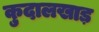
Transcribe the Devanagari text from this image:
कुदालखाड़